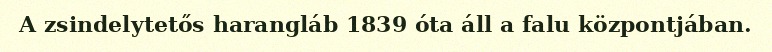
A zsindelytetős harangláb 1839 óta áll a falu központjában.